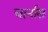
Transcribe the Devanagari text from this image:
चार्नास